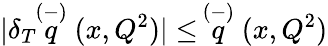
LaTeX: |\delta_{T}\! \! \stackrel{(-)}{q}(x,Q^{2})|\leq\, \stackrel{(-)}{q}(x,Q^{2})